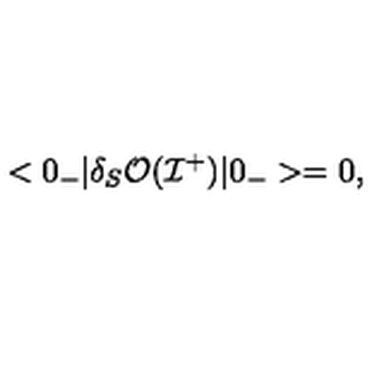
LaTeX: < 0 _ { - } | \delta _ { S } { \cal O } ( { \cal I } ^ { + } ) | 0 _ { - } > = 0 ,